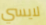
لايسي